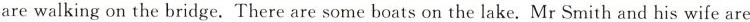
are walking on the bridge. There are some boats on the lake. Mr Smith and his wife are